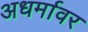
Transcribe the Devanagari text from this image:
अधर्मावर